Kiideva_(Sinalepa)_vallavalitsus, lk 40
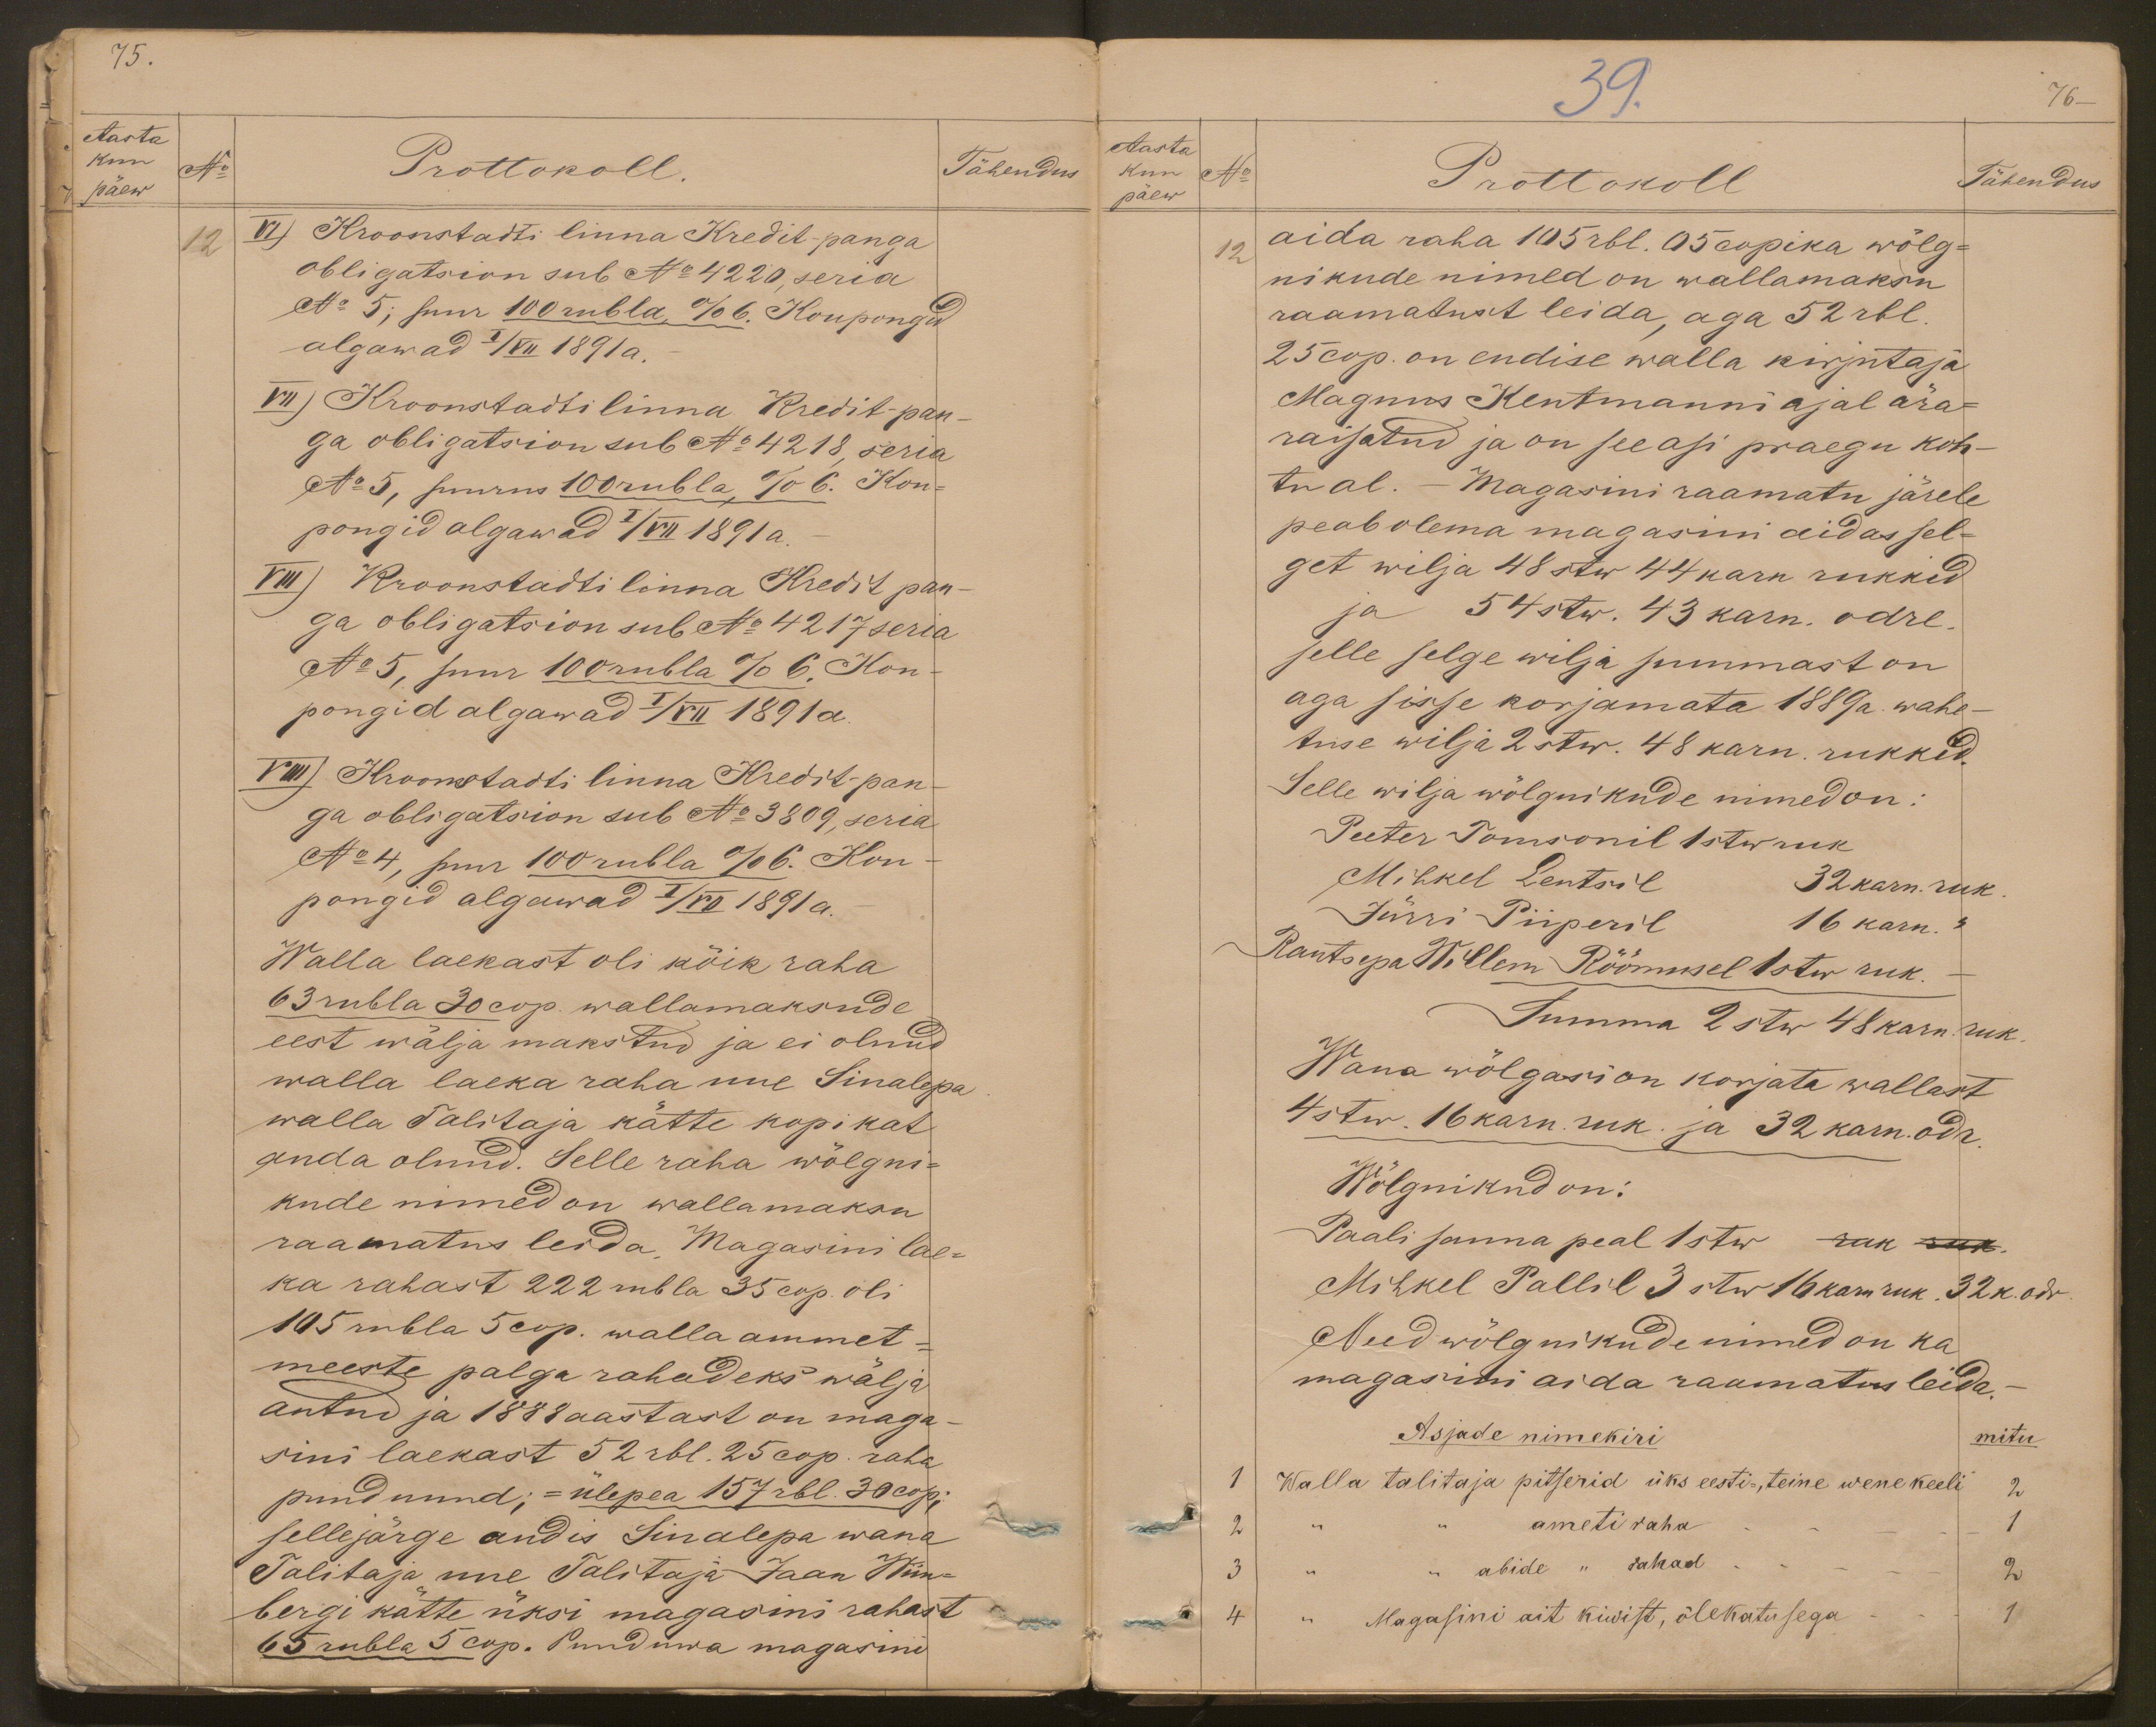
Tähendus
75.
Aasta
kuu
No
Prottokoll.
päew
12
VI) Kroonstadi linna Kredit-panga
obligatsion sub No 4220, seria
No 5; suur 100 rubla, % 6. Koupongid
algawad I/VII 1891 a.
VII) Kroonstadti linna Kredit-pan-
ga obligatsion sub No 4218, seria
No 5, suurus 100 rubla, % 6. Kou-
pongid algawad I/VII 1891 a.
VIII) Kroonstadti linna Kredit pan-
ga obligatsion sub No 4217 seria
Nr 5, suur 100 rubla % 6. Kou-
pongid algawad I/VII 1891 a.
VIIII) Kroonstadti linna Kredit-pan-
ga obligatsion sub No 3809, seria
No 4, pur 100 rubla % 6. Kou-
pongid algawad I/VII 1891 a.
Walla laekast oli kõik raha
63 rubla 30 cop. wallamaksude
eest wälja makstud ja ei olnud
walla laeka raha uue Sinalepa
walla Talitaja kätte kopikat
anda olnud. Selle raha wõlgni-
kude nimed on wallamaksu
raamatus leida Magasini lae-
ka rahast 222 rubla 35 cop. oli
105 rubla 5 cop. walla ammet-
meeste palga rahadeks wälja
antud ja 1888 aastast on maga-
sini laekast 52 rbl. 25 cop. raha
puudunud; - ülepea 157 rbl. 30 cop;
sellejärge andis Sinalepa wana
Talitaja uue Talitaja Jaan Wiin-
bergi kätte üksi magasini rahast
65 rubla 5 cop. Puuduwa magasini

39.
76-
Aasta
kuu
No
Prottokoll
Tähendus
päew
12
aida raha 105 rbl. 05 copika wõlg-
nikude nimed on wallamaksu
raamatust leida, aga 52 rbl.
25 cop. on endise walla kirjutaja
Magmus Kentmanni ajal ära-
raisatud ja on see asi praegu koh-
tu al. - Magasini raamatu järele
peab olema magasin aidas sel-
get wilja 48 stw 44 karn rukkid
ja 54 stw. 43 karn. odre.
selle selge wilja summast on
aga sisse korjamata 1889 a. wahe-
tuse wilja 2 stw. 48 karn. rukkid.
Selle wilja wõlgnikude nimed on:
Peeter Tomsonil 1 stw ruk
Mihkel Lentsil 32 karn. ruk.
Jürri Piiperil 16 karn. "
Rautsepa Willem Rõõmusel 1 stw ruk.
Summa 2 stw 48 karn. ruk.
Wana wõlgasi on korjata wallast
4 stw. 16 karn. ruk. ja 32 karn. odr.
Wõlgnikud on:
Paali sanna peal 1stw ruk ruk
Mihkel Pallil 3 stw 16 karn ruk. 32 k. odr.
Need wõlgnikude nimed on ka
magasini aida raamatus leida.-
Asjade nimekiri
mitu
1
Walla talitaja pitserid üks eesti-, teine wene keeli
2
2
ameti raha
1
abide " rahad
2
3
4 " Magasini ait kiwist, õlekatusega - - 1